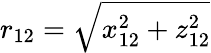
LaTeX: r_{12}=\sqrt{x_{12}^{2}+z_{12}^{2}}